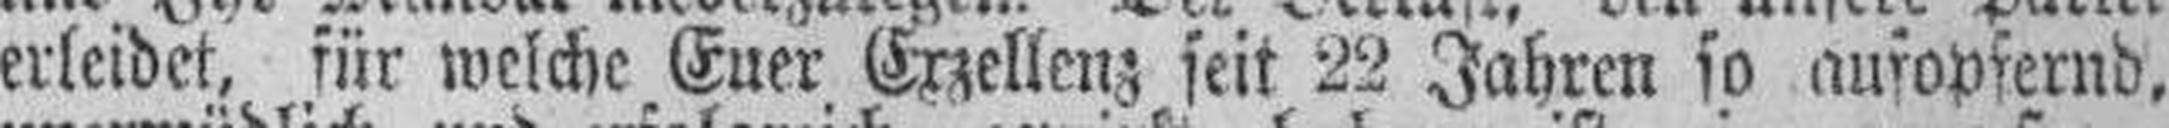
erleidet, für welche Euer Exzellenz seit 22 Jahren so aufopfernd,